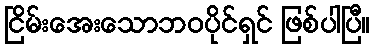
ငြိမ်းအေးသောဘဝပိုင်ရှင် ဖြစ်ပါပြီ။